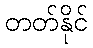
တတ်နိုင်